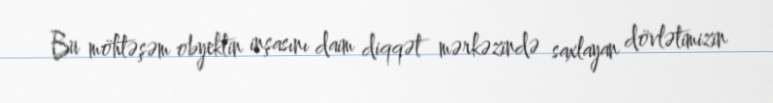
Bu möhtəşəm obyektin inşasını daim diqqət mərkəzində saxlayan dövlətimizin